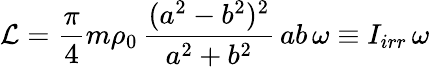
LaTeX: {\cal L}=\frac{\pi}{4}m\rho_{0}\, \frac{(a^{2}-b^{2})^{2}}{a^{2}+b^{2}}\, ab\, \omega\equiv I_{irr}\, \omega